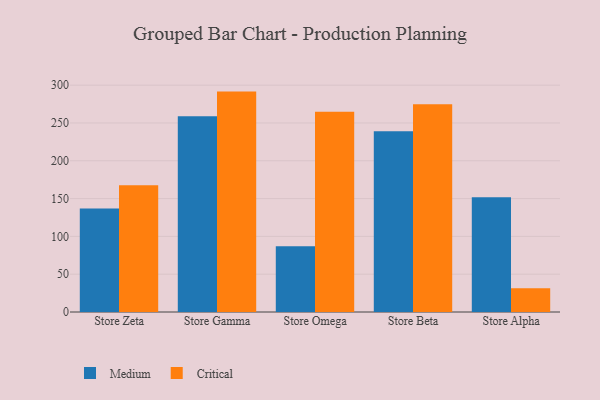
{"axis": {"x": "Store", "y": "Customer Acquisition Cost (USD)"}, "legend": ["Critical", "Medium"], "data": [{"x": "Store Zeta", "y": 136.9, "type": "Medium"}, {"x": "Store Zeta", "y": 167.5, "type": "Critical"}, {"x": "Store Gamma", "y": 259.0, "type": "Medium"}, {"x": "Store Gamma", "y": 291.5, "type": "Critical"}, {"x": "Store Omega", "y": 87.1, "type": "Medium"}, {"x": "Store Omega", "y": 264.8, "type": "Critical"}, {"x": "Store Beta", "y": 239.2, "type": "Medium"}, {"x": "Store Beta", "y": 274.7, "type": "Critical"}, {"x": "Store Alpha", "y": 151.8, "type": "Medium"}, {"x": "Store Alpha", "y": 31.3, "type": "Critical"}]}